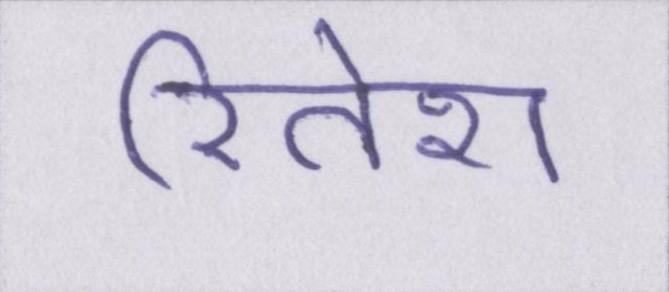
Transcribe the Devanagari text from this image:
रितेश